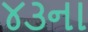
૪૩ના